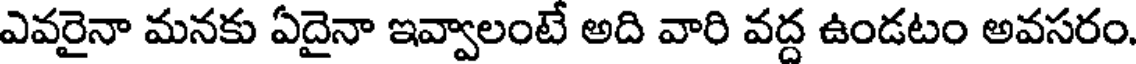
ఎవరైనా మనకు ఏదైనా ఇవ్వాలంటే అది వారి వద్ద ఉండటం అవసరం